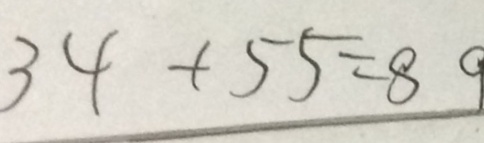
3 4 + 5 5 = 8 9